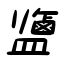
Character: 鹽